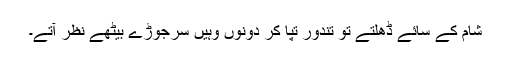
شام کے سائے ڈھلتے تو تندور تپا کر دونوں وہیں سرجوڑے بیٹھے نظر آتے۔